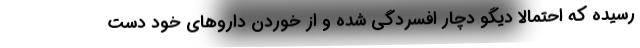
رسیده که احتمالا دیگو دچار افسردگی شده و از خوردن داروهای خود دست